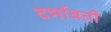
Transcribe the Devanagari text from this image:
दर्भावती